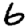
Digit: 6